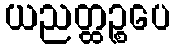
ယညတ္ထဉ္စပေ